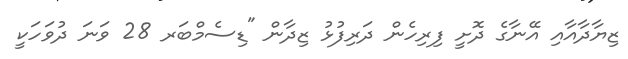
ޒިޔާދާއާއި އޭނާގެ ދޮށީ ފިރިހެން ދަރިފުޅު ޒިދާން "ޑިސެމްބަރ 28 ވަނަ ދުވަހަކީ